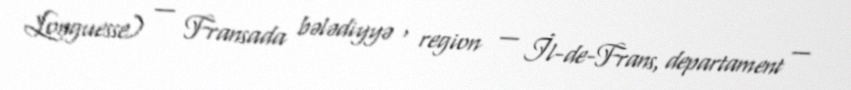
Longuesse) — Fransada bələdiyyə , region — İl-de-Frans, departament —